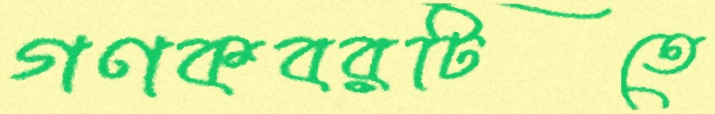
গণকবরটিতে